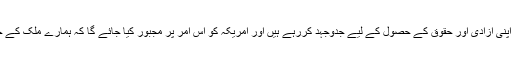
افغانستان ایک خودمختار اور آزاد ملک ہے، یہاں کے باشندے بھی حریت پسند ہیں، وہ اپنی آزادی اور حقوق کے حصول کے لیے جدوجہد کررہے ہیں اور امریکہ کو اس امر پر مجبور کیا جائے گا کہ ہمارے ملک کے حقائق کو تسلیم کرے اور اپنی ناجائز جنگ، پابندیوں اور ظالمانہ اعمال کا خاتمہ کرے۔